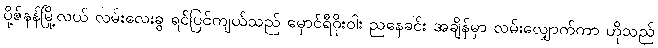
ပို့ဇ်နန်မြို့လယ် လမ်းလေးခွ ရင်ပြင်ကျယ်သည် မှောင်ရီဝိုးဝါး ညနေခင်း အချိန်မှာ လမ်းလျှောက်ကာ ဟိုသည်